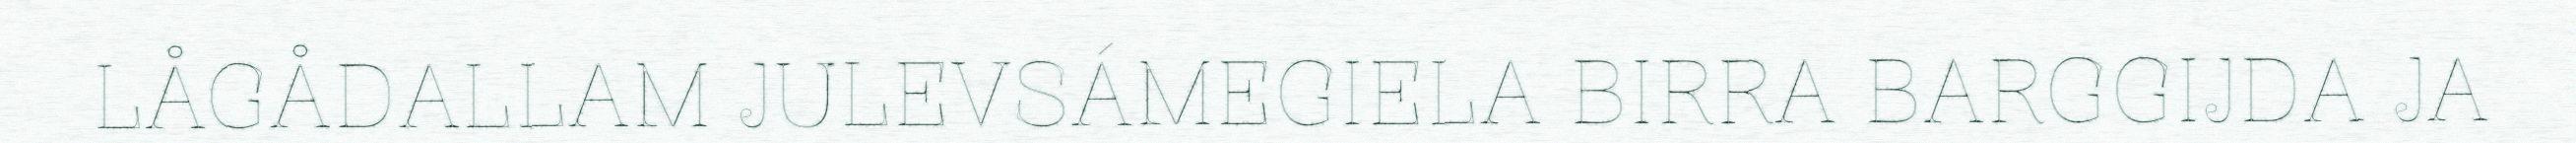
LÅGÅDALLAM JULEVSÁMEGIELA BIRRA BARGGIJDA JA